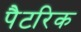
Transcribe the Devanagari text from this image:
पैटरिक